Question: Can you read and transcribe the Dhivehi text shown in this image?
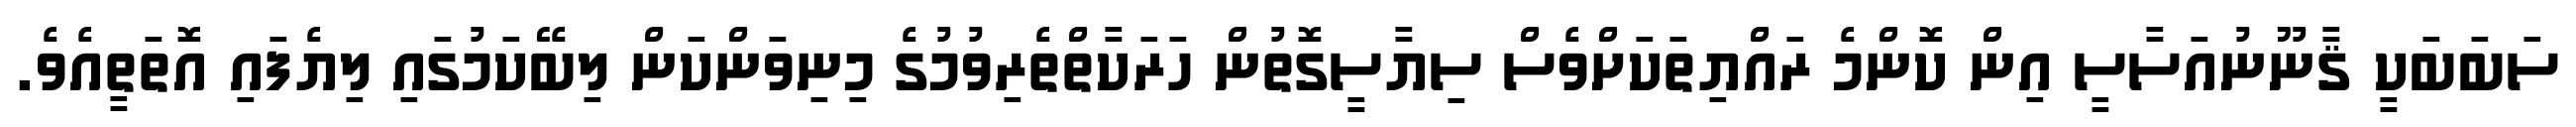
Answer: ސަބަބަކީ ޤާނޫނުއަސާސީ އިން ކޮންމެ ރައްޔިތަކަށްވެސް ސިޔާސީގޮތުން ހަރަކާތްތެރިވުމުގެ މިނިވަންކަން ލިބޭކަމުގައި ލިޔެފައި އޮތަތީއެވެ.